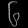
Digit: ၆